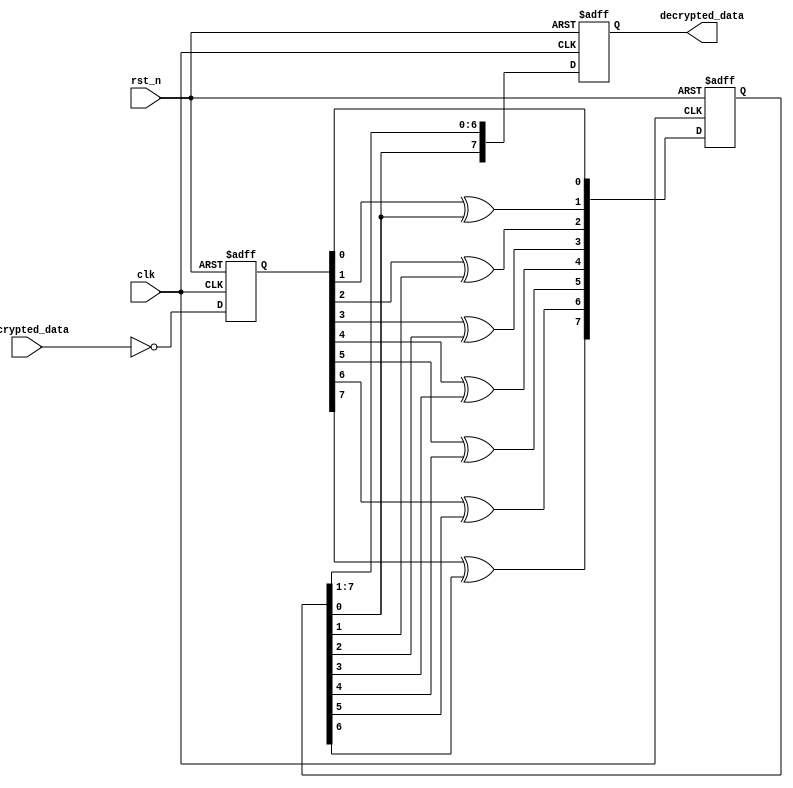
module three_layer_decryption(
    input [7:0] encrypted_data,
    input wire clk,
    input wire rst_n,
    output wire [7:0] decrypted_data
);

reg [7:0] inverted_bits;
reg [7:0] grey_code;
reg [7:0] circular_shifted;

// First layer: Inverting all the bits
always @(posedge clk or negedge rst_n) begin
    if (~rst_n) begin
        inverted_bits <= 8'b00000000; // Reset to zero on active-low reset
    end else begin
        inverted_bits <= ~encrypted_data;
    end
end

// Second layer: Conversion from Grey code
always @(posedge clk or negedge rst_n) begin
    if (~rst_n) begin
        grey_code <= 8'b00000000; // Reset to zero on active-low reset
    end else begin
        grey_code[0] <= inverted_bits[0];
        grey_code[1] <= inverted_bits[1] ^ grey_code[0];
        grey_code[2] <= inverted_bits[2] ^ grey_code[1];
        grey_code[3] <= inverted_bits[3] ^ grey_code[2];
        grey_code[4] <= inverted_bits[4] ^ grey_code[3];
        grey_code[5] <= inverted_bits[5] ^ grey_code[4];
        grey_code[6] <= inverted_bits[6] ^ grey_code[5];
        grey_code[7] <= inverted_bits[7] ^ grey_code[6];
    end
end

// Third layer: Circular right shift
always @(posedge clk or negedge rst_n) begin
    if (~rst_n) begin
        circular_shifted <= 8'b00000000; // Reset to zero on active-low reset
    end else begin
        circular_shifted <= {grey_code[0], grey_code[7:1]}; // Right circular shift
    end
end

// Output the result of the three layers
assign decrypted_data = circular_shifted;

endmodule